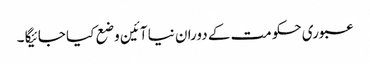
عبوری حکومت کے دوران نیا آئین وضع کیا جائیگا ۔